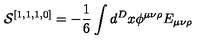
{ \cal { S } } ^ { [ 1 , 1 , 1 , 0 ] } = - \frac { 1 } { 6 } \int d ^ { D } x \phi ^ { \mu \nu \rho } E _ { \mu \nu \rho }